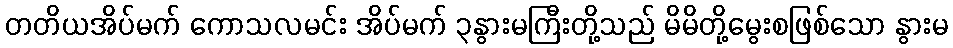
တတိယအိပ်မက် ကောသလမင်း အိပ်မက် ၃နွားမကြီးတို့သည် မိမိတို့မွေးစဖြစ်သော နွားမ